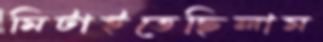
মিটাইতেছিলাম